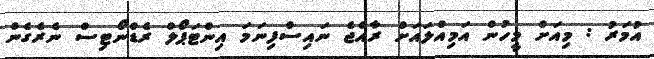
އުމަރު : މިއަށް މީހުން އަމިއްލައަށް ރާއްޖެ ނައިސްފިނަމަ އިންޓަޕޯލް ރެޑްނޯޓިސް ނެރެގެން